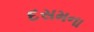
દસમના